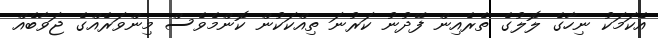
އެކަމަކު ނިހާގެ ލޮލުގެ ތެރެއިން ފޭދުނު ކަރުނަ ތިއްކަކުން ކޮންމެވެސް މިންވަރެއްގެ ޖަވާބެއް